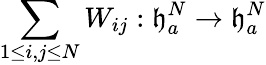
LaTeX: \sum_{1\le i,j\le N}W_{ij}:\mathfrak{h}_{a}^{N}\to\mathfrak{h}_{a}^{N}